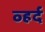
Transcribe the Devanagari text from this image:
व्हर्द